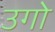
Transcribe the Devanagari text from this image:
उगो